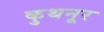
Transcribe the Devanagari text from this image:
कुथनूर